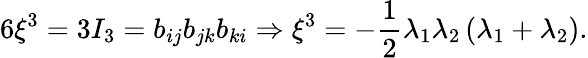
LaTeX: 6\xi^{3}=3I_{3}=b_{ij}b_{jk}b_{ki}\Rightarrow\xi^{3}=-\frac{1}{2}\lambda_{1}\lambda_{2}\left(\lambda_{1}+\lambda_{2}\right).